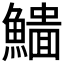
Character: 𩻨